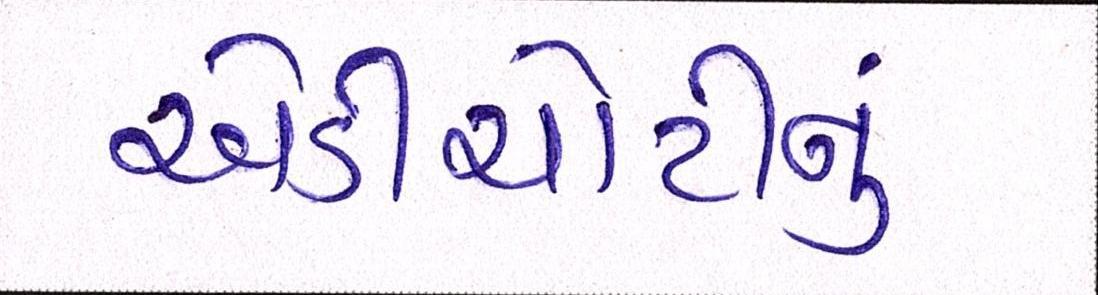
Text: એડીચોટીનું